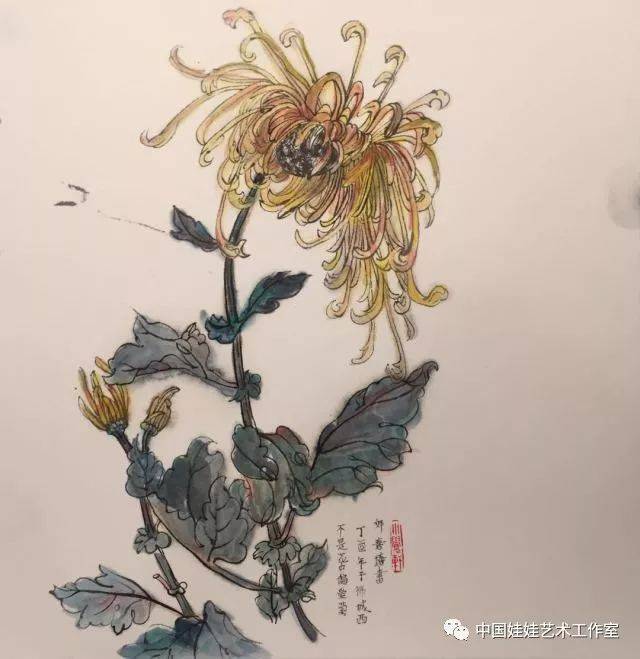
尘世难逢一笑，况有紫萸黄菊，堪插满头归。